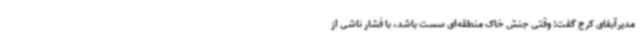
مدیرآبفای کرج گفت: وقتی جنش خاک منطقه‌ای سست باشد، با فشار ناشی از